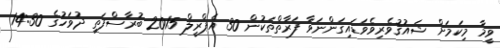
ވީމާ މިކަމަށް ޝައުޤުވެރިވެވަޑައިގަންނަވާ ފަރާތްތަކުން 30 އެޕްރީލް 2015 ބުރާސްފަތި ދުވަހުގެ 14:30